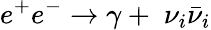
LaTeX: e^{+}e^{-}\to\gamma+\; \nu_{i}\bar{\nu}_{i}